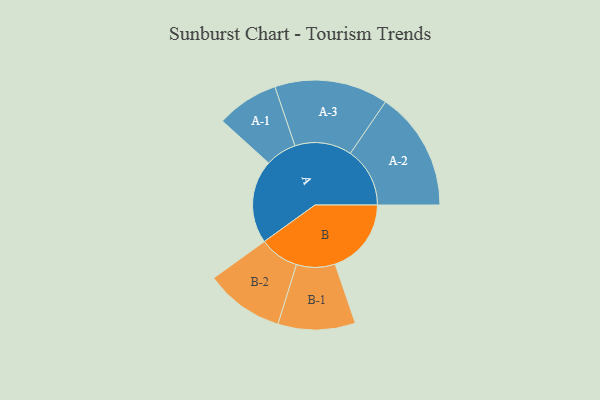
{"axis": {"x": "Segment", "y": "Value"}, "legend": ["", "A", "B"], "data": [{"x": "A", "y": 367, "type": ""}, {"x": "B", "y": 335, "type": ""}, {"x": "A-1", "y": 137, "type": "A"}, {"x": "A-2", "y": 262, "type": "A"}, {"x": "A-3", "y": 250, "type": "A"}, {"x": "B-1", "y": 170, "type": "B"}, {"x": "B-2", "y": 174, "type": "B"}]}